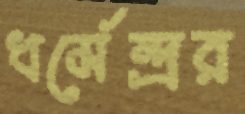
ধর্মেন্দ্রর